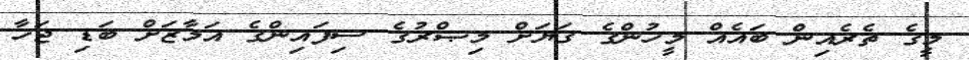
މީގެ ތެރެއިން ބައެއް މީހުންގެ ގަޔަށް މިޞްރުގެ ސިފައިންގެ އަމާޒަށް ބަޑި ޖަހާ